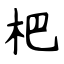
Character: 杷